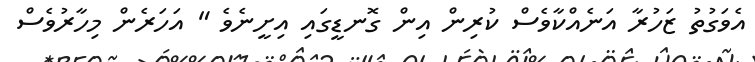
އެވަގުތު ޒަހުރާ އަނެއްކާވެސް ކުރިން އިން ގޮނޑީގައި އިށީނެވެ " އަހަރެން މިހާރުވެސް